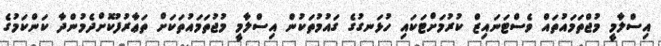
އިސްލާމީ މުޖްތަމައުތައް ވެސްޓަނައިޒް ކުރުމަށްޓަކައި ހުޅަނގުގެ ގައުމުތަކުން އިސްލާމީ މުޖުތަމައުތަކަށް ތަޢާރުފުކޮށްދެމުންދާ ކަންކަމުގެ